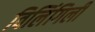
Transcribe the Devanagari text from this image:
विलिंगिली